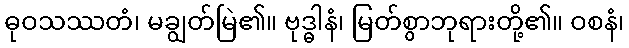
ဓုဝသဿတံ၊ မချွတ်မြဲ၏။ ဗုဒ္ဓါနံ၊ မြတ်စွာဘုရားတို့၏။ ဝစနံ၊